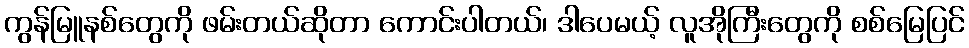
ကွန်မြူနစ်တွေကို ဖမ်းတယ်ဆိုတာ ကောင်းပါတယ်၊ ဒါပေမယ့် လူအိုကြီးတွေကို စစ်မြေပြင်